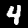
Digit: 4